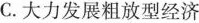
C.大力发展粗放型经济